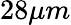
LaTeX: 28\mu m